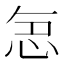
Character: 𭜤